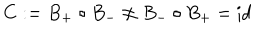
C : = B _ { + } \circ B _ { - } \not = B _ { - } \circ B _ { + } = \mathrm { i d }